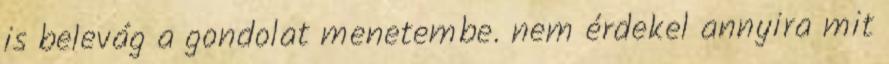
is belevág a gondolat menetembe. nem érdekel annyira mit